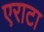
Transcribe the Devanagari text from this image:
एराटा